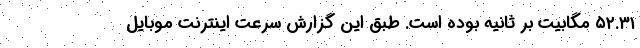
۵۲.۳۱ مگابیت بر ثانیه بوده است. طبق این گزارش سرعت اینترنت موبایل